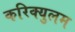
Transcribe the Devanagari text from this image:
करिक्युलम